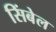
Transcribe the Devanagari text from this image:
सिंबेल